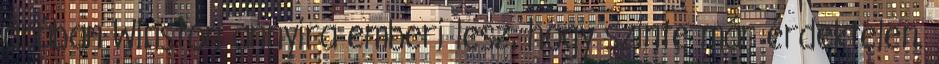
órában Winston annyira emberi lesz, hogy szinte már érdektelen.